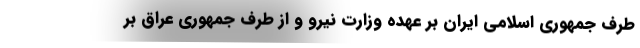
طرف جمهوری اسلامی ایران بر عهده وزارت نیرو و از طرف جمهوری عراق بر